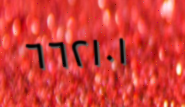
٦٦٢١٠١